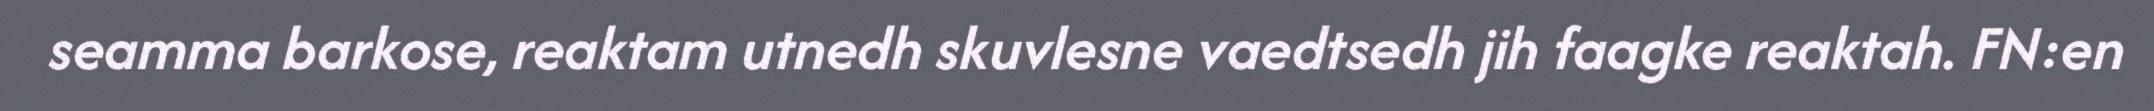
seamma barkose, reaktam utnedh skuvlesne vaedtsedh jih faagke reaktah. FN:en